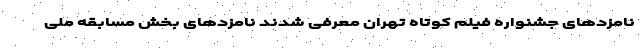
نامزدهای جشنواره فیلم کوتاه تهران معرفی شدند نامزدهای بخش مسابقه ملی